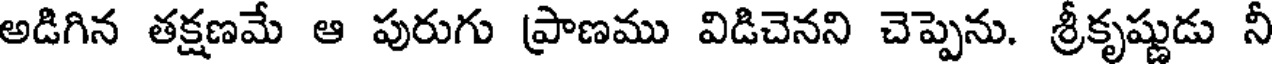
అడిగిన తక్షణమే ఆ పురుగు ప్రాణము విడిచెనని చెప్పెను. శ్రీకృష్ణుడు నీ